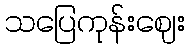
သပြေကုန်းဈေး